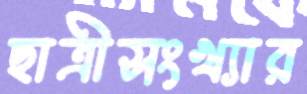
ছাত্রীসংখ্যার